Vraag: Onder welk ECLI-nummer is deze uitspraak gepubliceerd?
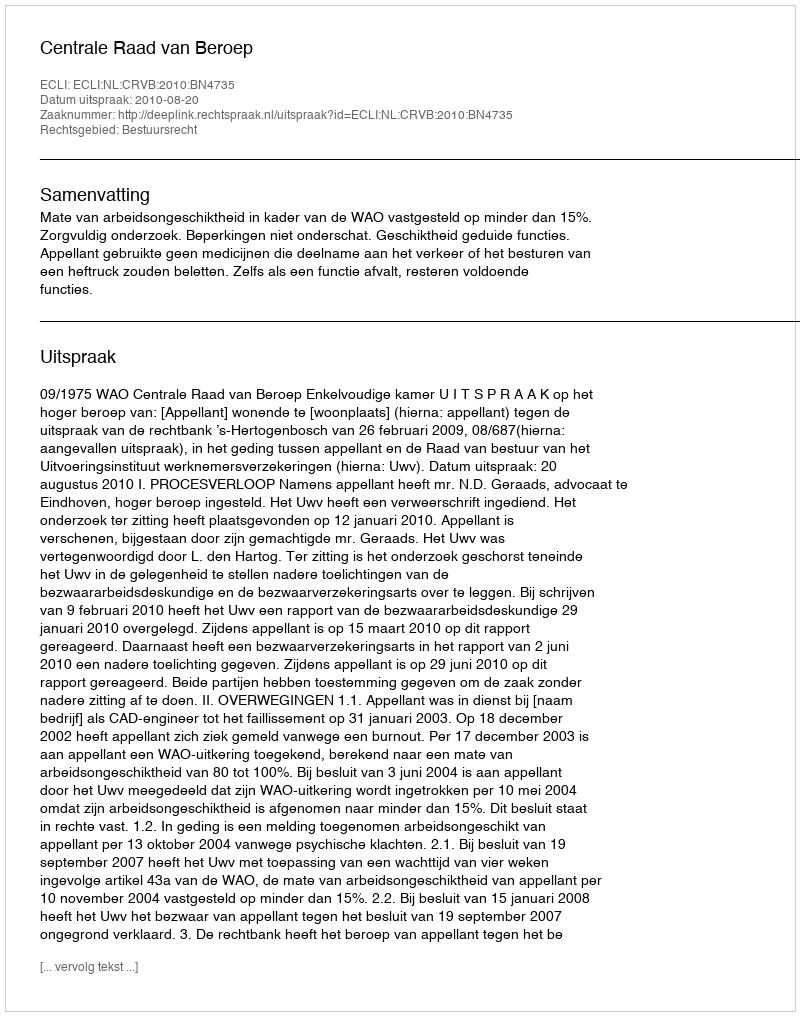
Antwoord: ECLI:NL:CRVB:2010:BN4735